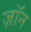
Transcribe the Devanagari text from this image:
ज़ॉन